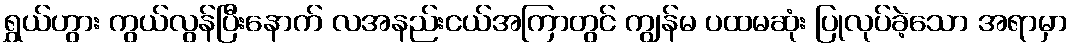
ရွှယ်ဟွား ကွယ်လွန်ပြီးနောက် လအနည်းငယ်အကြာတွင် ကျွန်မ ပထမဆုံး ပြုလုပ်ခဲ့သော အရာမှာ